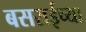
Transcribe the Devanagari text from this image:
बसराईच्या